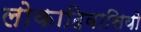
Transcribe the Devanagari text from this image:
लोकादिवासियो